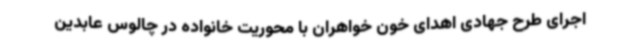
اجرای طرح جهادی اهدای خون خواهران با محوریت خانواده در چالوس عابدین